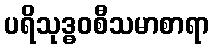
ပရိသုဒ္ဓဝစီသမာစာရာ